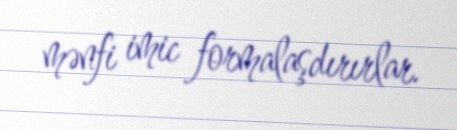
mənfi imic formalaşdırırlar.